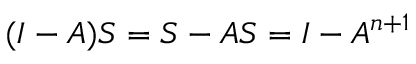
( I - A ) S = S - A S = I - A ^ { n + 1 }